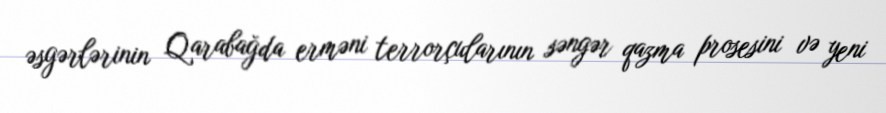
əsgərlərinin Qarabağda erməni terrorçularının səngər qazma prosesini və yeni